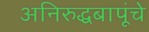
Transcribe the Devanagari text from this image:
अनिरुद्धबापूंचे